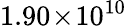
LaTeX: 1.90\! \times\! 10^{10}